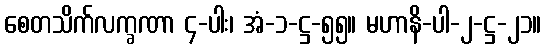
စေတသိက်လက္ခဏာ ၄-ပါး၊ အံ-၁-ဋ္ဌ-၅၅။ မဟာနိ-ပါ-၂-ဋ္ဌ-၂၁။